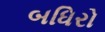
બધિરો